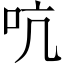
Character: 吭